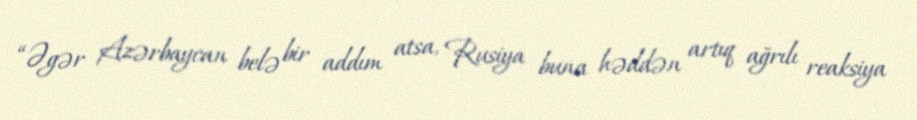
“Əgər Azərbaycan belə bir addım atsa, Rusiya buna həddən artıq ağrılı reaksiya